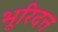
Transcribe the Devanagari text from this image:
भूरिदत्त